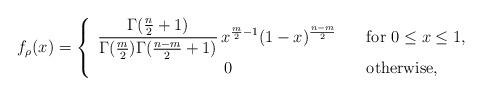
LaTeX: \begin{align*}f_\rho(x) =\left\{\begin{array}{cl}\displaystyle{\frac{\Gamma(\frac{n}{2}+1)}{\Gamma(\frac{m}{2})\Gamma(\frac{n-m}{2}+1)}\,x^{\frac{m}{2}-1}(1-x)^{\frac{n-m}{2}}} & \mbox{~~~for~} 0 \leq x \leq 1, \\\displaystyle{~~~~0} & \mbox{~~~otherwise},\end{array} \right.\end{align*}